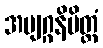
အဗျဂ္ဂနိမိတ္တံ